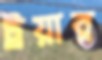
ট্রয়ার